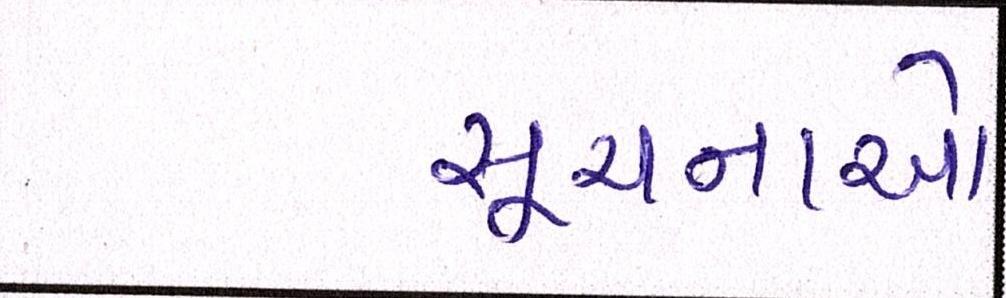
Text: સૂચનાઓ